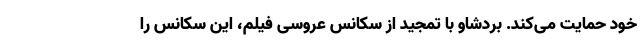
خود حمایت می‌کند. بردشاو با تمجید از سکانس عروسی فیلم، این سکانس را